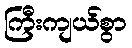
ကြီးကျယ်စွာ